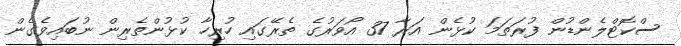
ސްކޮޓްލެންޑުން ފުރަތަމަ ކުޅެން އަރާ 37 އޯވަރުގެ ތެރޭގައި ހުރިހާ ކުޅުންތެރިން ނުބައިވެގެން